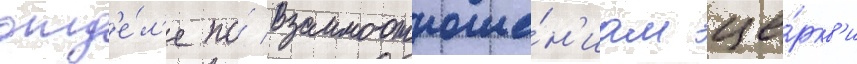
отд'е́л'е по́ взаимоотноше́н'иам це́ркв'и